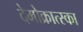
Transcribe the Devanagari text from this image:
देमोक्रात्स्का